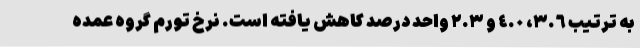
به ترتیب ٣.٦، ٤.٠ و ٢.٣ واحد درصد کاهش یافته است. نرخ تورم گروه عمده